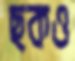
ছকও